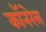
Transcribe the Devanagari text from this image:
कॉनरेल